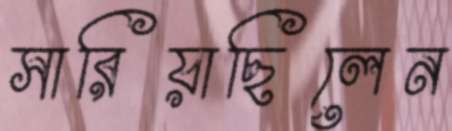
সারিয়াছিলেন